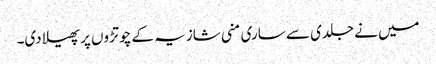
میں نے جلدی سے ساری منی شازیہ کے چوتڑوں پر پھیلا دی۔